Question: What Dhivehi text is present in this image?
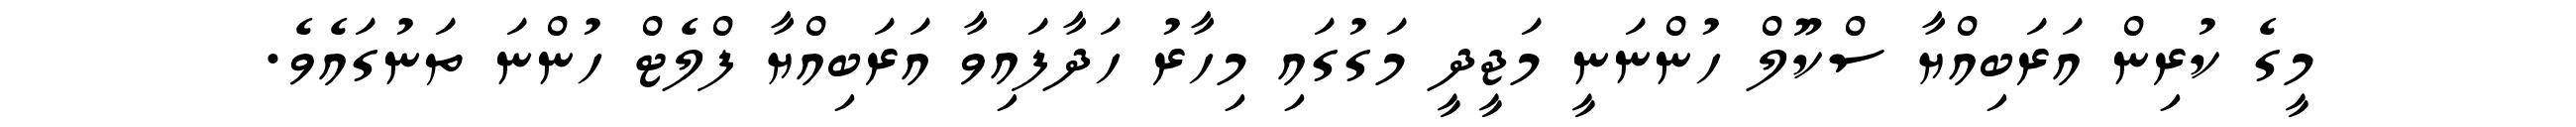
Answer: މީގެ ކުރިން އަރަބިއްޔާ ސްކޫލް ހުންނަނީ މަޖީދީ މަގުގައި މިހާރު ހަދާފައިވާ އަރަބިއްޔާ ފްލެޓް ހުންނަ ތަނުގައެވެ.